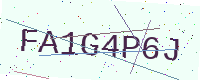
Text: FA1G4P6J